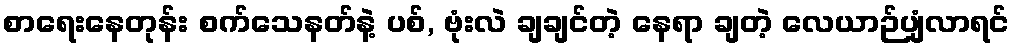
စာရေးနေတုန်း စက်သေနတ်နဲ့ ပစ်, ဗုံးလဲ ချချင်တဲ့ နေရာ ချတဲ့ လေယာဉ်ပျံလာရင်